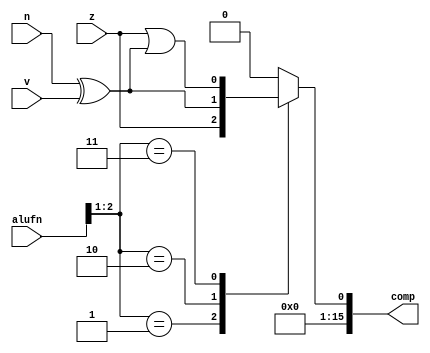
module alu_comp16_8 (
    input z,
    input v,
    input n,
    input [5:0] alufn,
    output reg [15:0] comp
  );
  
  
  
  always @* begin
    comp = 1'h0;
    
    case (alufn[1+1-:2])
      2'h1: begin
        comp[0+0-:1] = z;
      end
      2'h2: begin
        comp[0+0-:1] = n ^ v;
      end
      2'h3: begin
        comp[0+0-:1] = z | n ^ v;
      end
    endcase
  end
endmodule